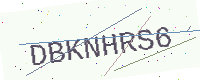
Text: DBKNHRS6